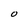
Character: O